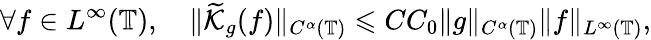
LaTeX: \forall f\in L^{\infty}(\mathbb{T}),\quad\| \widetilde{\mathcal{K}}_{g}(f)\| _{C^{\alpha}(\mathbb{T})}\leqslant CC_{0}\| g\| _{C^{\alpha}(\mathbb{T})}\| f\| _{L^{\infty}(\mathbb{T})},